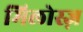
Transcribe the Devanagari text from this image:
मिलोस्ज़